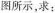
图所示，求：